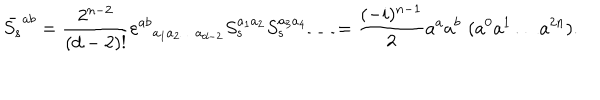
LaTeX: \bar { S _ { s } } ^ { a b } = \frac { 2 ^ { n - 2 } } { ( d - 2 ) ! } \varepsilon ^ { a b } { } _ { a _ { 1 } a _ { 2 } \ldots a _ { d - 2 } } S _ { s } ^ { a _ { 1 } a _ { 2 } } S _ { s } ^ { a _ { 3 } a _ { 4 } } \ldots = \frac { ( - i ) ^ { n - 1 } } { 2 } a ^ { a } a ^ { b } \, \, ( a ^ { 0 } a ^ { 1 } \ldots a ^ { 2 n } ) .